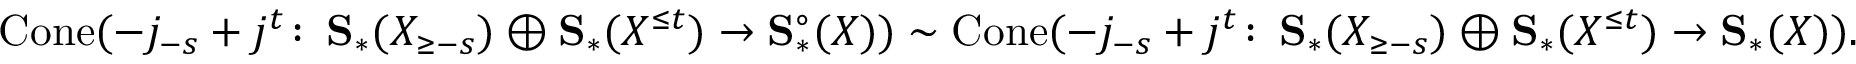
\mathrm { C o n e } ( - j _ { - s } + j ^ { t } \colon \thinspace \mathbf { S } _ { * } ( X _ { \geq - s } ) \oplus \mathbf { S } _ { * } ( X ^ { \leq t } ) \to \mathbf { S } _ { * } ^ { \circ } ( X ) ) \sim \mathrm { C o n e } ( - j _ { - s } + j ^ { t } \colon \thinspace \mathbf { S } _ { * } ( X _ { \geq - s } ) \oplus \mathbf { S } _ { * } ( X ^ { \leq t } ) \to \mathbf { S } _ { * } ( X ) ) .